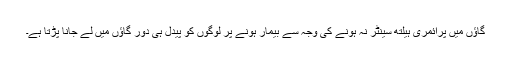
گاؤں میں پرائمری ہیلتھ سینٹر نہ ہونے کی وجہ سے بیمار ہونے پر لوگوں کو پیدل ہی دور گاؤں میں لے جانا پڑتا ہے۔